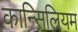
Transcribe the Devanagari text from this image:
कान्सिलियम